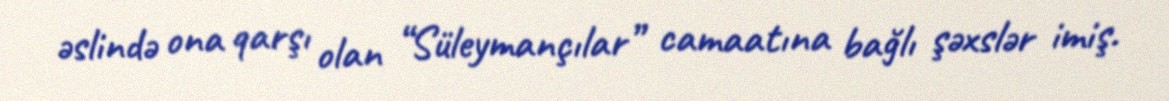
əslində ona qarşı olan “Süleymançılar” camaatına bağlı şəxslər imiş.